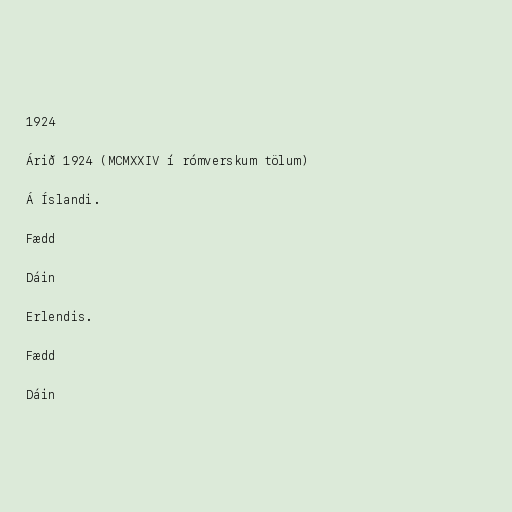
1924

Árið 1924 (MCMXXIV í rómverskum tölum)

Á Íslandi.

Fædd

Dáin

Erlendis.

Fædd

Dáin